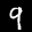
Label: 9